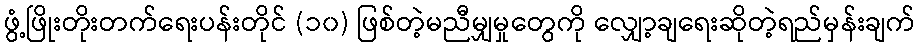
ဖွံ့ဖြိုးတိုးတက်ရေးပန်းတိုင် (၁၀) ဖြစ်တဲ့မညီမျှမှုတွေကို လျှော့ချရေးဆိုတဲ့ရည်မှန်းချက်